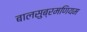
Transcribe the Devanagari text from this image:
बालसुब्रमणियम